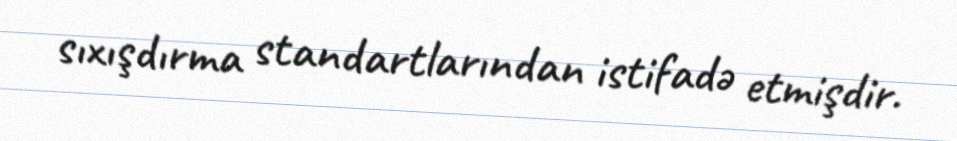
sıxışdırma standartlarından istifadə etmişdir.